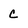
Character: c